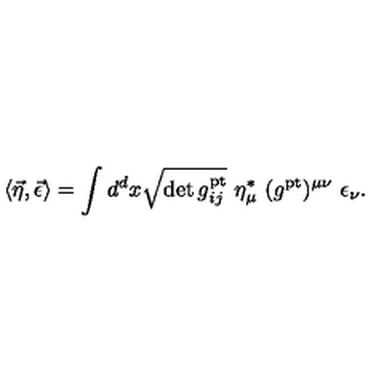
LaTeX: \langle \vec { \eta } , \vec { \epsilon } \rangle = \int d ^ { d } x \sqrt { \det g _ { i j } ^ { \mathrm { p t } } } \ \eta _ { \mu } ^ { * } \ ( g ^ { \mathrm { p t } } ) ^ { \mu \nu } \ \epsilon _ { \nu } .